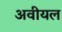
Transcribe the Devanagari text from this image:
अवीयल